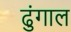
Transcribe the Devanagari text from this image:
ढुंगाल